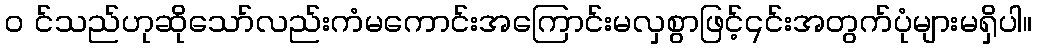
၀ င်သည်ဟုဆိုသော်လည်းကံမကောင်းအကြောင်းမလှစွာဖြင့်၎င်းအတွက်ပုံများမရှိပါ။